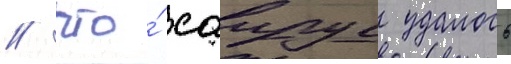
/ что́ саирус удалось